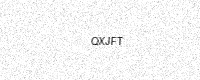
Text: QXJFT